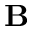
\mathbf { B }